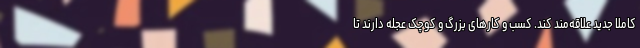
کاملاً جدید علاقه‌مند کند. کسب‌ و کارهای بزرگ و کوچک عجله دارند تا